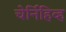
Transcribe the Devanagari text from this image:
चेर्निहिव्ह